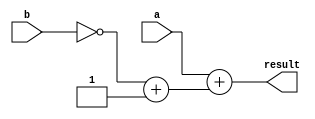
`timescale 1ns / 1ps
//////////////////////////////////////////////////////////////////////////////////
// Company: 
// Engineer: 
// 
// Design Name: 
// Module Name:    subtract_8bit 
// Project Name: 
// Target Devices: 
// Tool versions: 
// Description: 
//
// Dependencies: 
//
// Revision: 
// Revision 0.01 - File Created
// Additional Comments: 
//
//////////////////////////////////////////////////////////////////////////////////
module subtract_8bit (a, b, result);
//define inputs and outputs
input [7:0] a, b;
output [7:0] result;
//variables used in always are declared as reg
reg [7:0] result;
//neg_b is used in the subtract operation
reg [7:0] neg_b;
always @ (a or b)
begin
 neg_b = ~b + 1;
result = a + neg_b;
end
endmodule